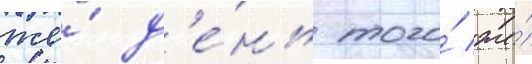
же́ д'е́нь того́ же́